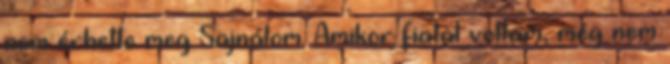
nem érhette meg Sajnálom. Amikor fiatal voltam, még nem